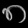
Digit: ၈